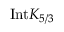
\mathrm { I n t } K _ { 5 / 3 }